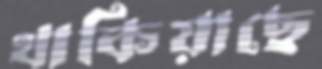
থাকিয়াছে